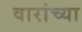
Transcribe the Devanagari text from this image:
वारांच्या